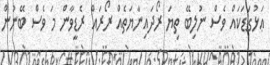
ޢަޅުގަޑަކައް ވެސް ނުލިބޭ ތިޔަ ރޯދައިނާޔަތެއް ރޯރައް ރެޑީވާން މަ ވެސް ބޭނުން